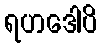
ရဟဒေါပိ